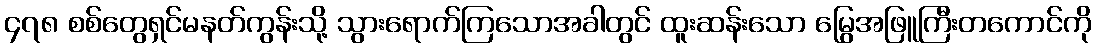
၄၇၈ စစ်တွေရှင်မနတ်ကွန်းသို့ သွားရောက်ကြသောအခါတွင် ထူးဆန်းသော မြွေအဖြူကြီးတကောင်ကို